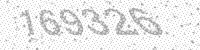
Solution: 169326